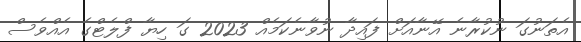
އެތަނުގަ ނުކުރާނެ އޭނާއަށް ފައިދާ ނުވާނެކަމެއް 2023 ގަ ހިޔާ ފްލެޓްގެ އެއްވެސް